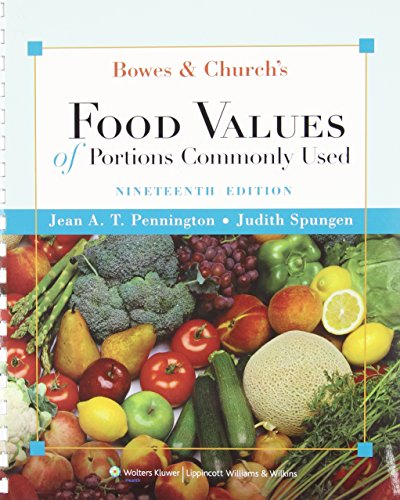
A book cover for Bowes and Church's Food Values of Portions Commonly Used (Bowes & Church's Food Values of Portions Commonly Used); Jean A.T. Pennington PhD  RD; Medical Books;